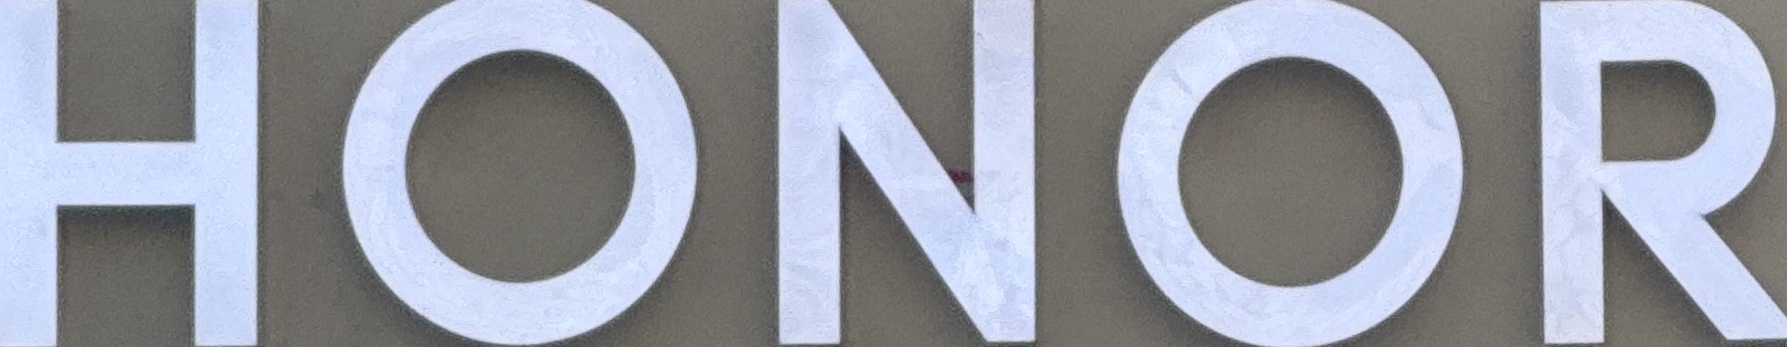
HONOR